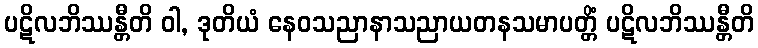
ပဋိလဘိဿန္တီတိ ဝါ, ဒုတိယံ နေဝသညာနာသညာယတနသမာပတ္တိံ ပဋိလဘိဿန္တီတိ